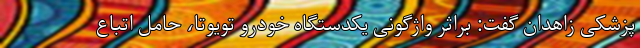
پزشکی زاهدان گفت: براثر واژگونی یکدستگاه خودرو تویوتا، حامل اتباع